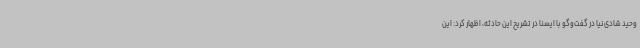
وحید شادی‌نیا در گفت‌وگو با ایسنا در تشریح این حادثه، اظهار کرد: این